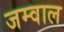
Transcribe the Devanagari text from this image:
जम्वाल